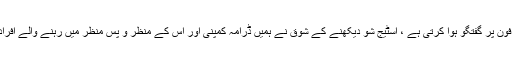
مگر اقبال نیازی سے اکثر فون پر گفتگو ہوا کرتی ہے ، اسٹیج شو دیکھنے کے شوق نے ہمیں ڈرامہ کمپنی اور اس کے منظر و پس منظر میں رہنے والے افراد کو سمجھنے کا موقع دیا ۔